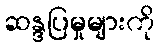
ဆန္ဒပြမှုများကို